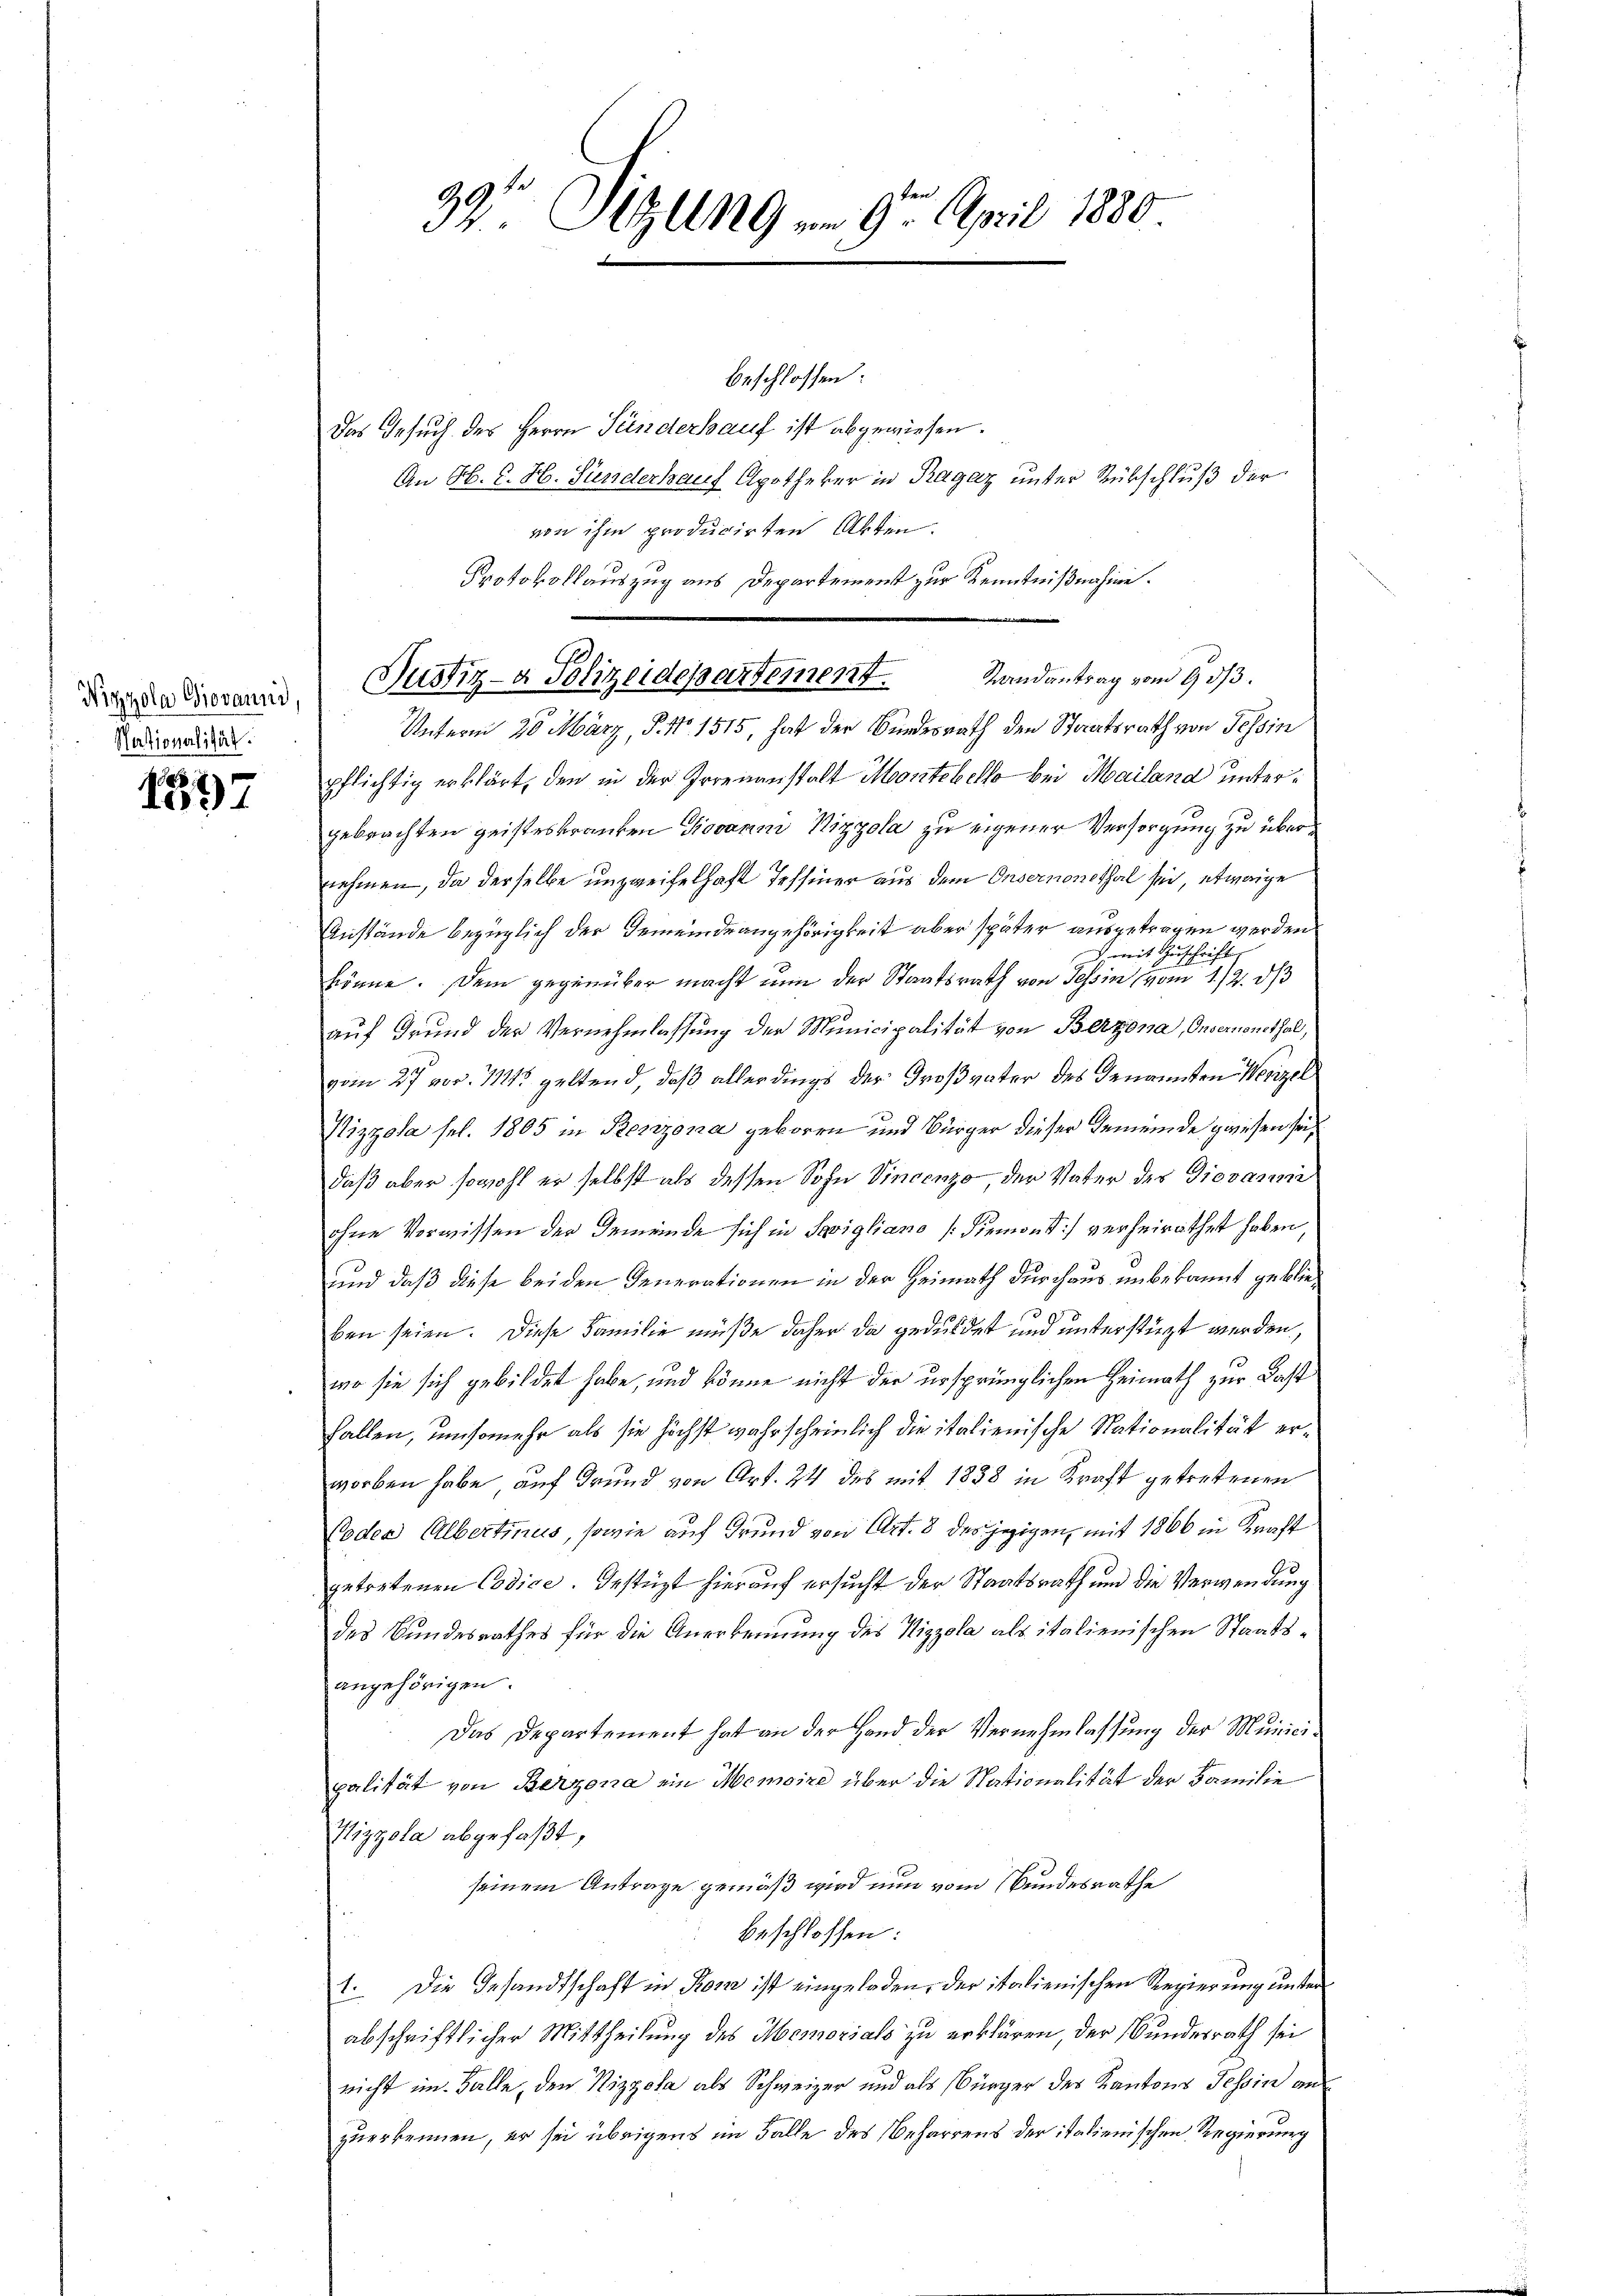
Nizzola Giovanni,
Stationalität.

1877

39 Sizung am 9. April 1880

beschlossen:
Das Gesuch des Herrn Sünderkauf ist abgewiesen.
An H. E. H. Sünderkauf Apotheker in Ragaz unter Rükschluß der
von ihm producirten Akten.
Protokollauszug aus Departement zur Kenntnißnahme.
Unterm 20. März, P. Nr. 1515, hat der Bundesrath den Staatsrath von Tessin
pflichtig erklärt, den in der Irrenanstalt Montebello bei Mailand untergebrachten geisteskranken Giovann Nizzola zu eigener Versorgung zu übernehmen, da derselbe unzweifelhaft Tessiner aus dem Onsernenthal sei, etwaige
Anstände bezüglich der Gemeindeangehörigkeit aber später ausgetragen werden
 mit Zuschrift,
könne. Dem gegenüber macht nun der Staatsrath von Tessin vom 1./2. dβ
auf Grund der Vernehmlassung der Municipalität von Berzona, Insernenthal,
vom 27 vor 1125 geltend, daß allerdings der Großvater des Genannten Werizel
Vizzola sel. 1805 in Besizona geboren und Bürger dieser Gemeinde geisen sei,
daß aber sowohl er selbst als dessen Sohn Vincenzo der Vater des Diovanni
ohne Vorwissen der Gemeinde sich in Savigliano (Siemont) verheirathet haben,
und daß diese beiden Generationen in der Heimath durchaus unbekannt geblieben seien. Diese Familie müße daher da geduldet und unterstüzt werden,
wo sie sich gebildet habe, und könne nicht der ursprünglichen Heimath zur Bast
fallen, umsomehr als sie höchst wahrscheinlich die italienische Nationalität erworben habe, auf Grund von Art. 24 des mit 1838 in Kraft getretenen
Poden Albertinus, sowie auf Grund von Art. 8 des jezigen, mit 1866 in Kraft
getretenen Codice. Gestüzt hierauf ersucht der Staatsrath und die Verwendung
des Bundesrathes für die Anerkennung des Vizzola als italienischen Staatsangehörigen.
Das Departement hat an der Hand der Vernehmlassung der Municipalität von Berzona ein Memoire über die Nationalität der Familie
Wizzola abgefaßt,
seinem Antrage gemäß wird nun vom Bundesrathe
beschlossen:
1. Die Gesandtschaft in Rom ist eingeladen, der italienischen Regierung unter
abschriftlicher Mittheilung des Memorials zu erklären, der Bundesrath sei
nicht im Falle, den Vizzola als Schweizer und als Bürger des Kantons Tessin an
zuerkennen, er sei übrigens im Falle des Beharrens der italienischen Regierung

Justiz- & Polizeidepartement. Randantrag vom 9 1/3.